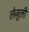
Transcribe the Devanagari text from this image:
लेजुली